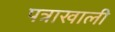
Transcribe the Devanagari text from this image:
पत्राखाली